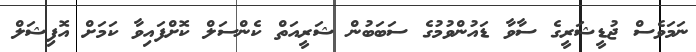
ނަމަވެސް ޖުޑީޝަރީގެ ސާވާ ޑައުންވުމުގެ ސަބަބުން ޝަރީއަތް ކެންސަލް ކޮށްފައިވާ ކަމަށް އޮފިޝަލް